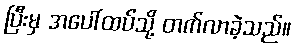
ပြီးမှ အပေါ်ထပ်သို့ တက်လာခဲ့သည်။